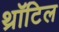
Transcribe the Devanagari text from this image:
थ्रॉटिल